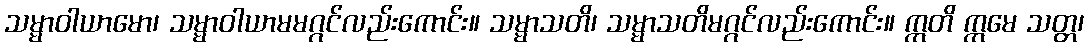
သမ္မာဝါယာမော၊ သမ္မာဝါယာမမဂ္ဂင်လည်းကောင်း။ သမ္မာသတိ၊ သမ္မာသတိမဂ္ဂင်လည်းကောင်း။ ဣတိ ဣမေ သတ္တ၊